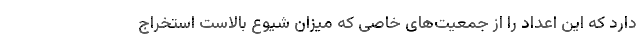
دارد که این اعداد را از جمعیت‌های خاصی که میزان شیوع بالاست استخراج